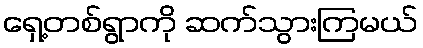
ရှေ့တစ်ရွာကို ဆက်သွားကြမယ်